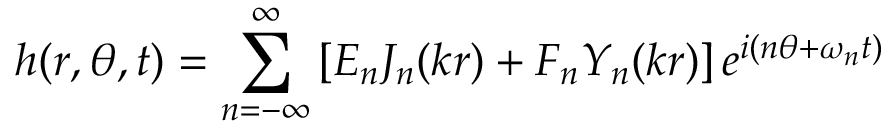
h ( r , \theta , t ) = \sum _ { n = - \infty } ^ { \infty } \left[ E _ { n } J _ { n } ( k r ) + F _ { n } Y _ { n } ( k r ) \right] e ^ { i ( n \theta + \omega _ { n } t ) }